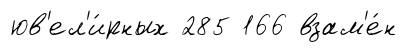
юв'ел'и́рных 285 166 взам'е́н